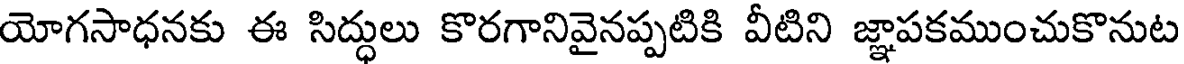
యోగసాధనకు ఈ సిద్ధులు కొరగానివైనప్పటికి వీటిని జ్ఞాపకముంచుకొనుట